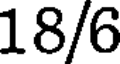
18/6